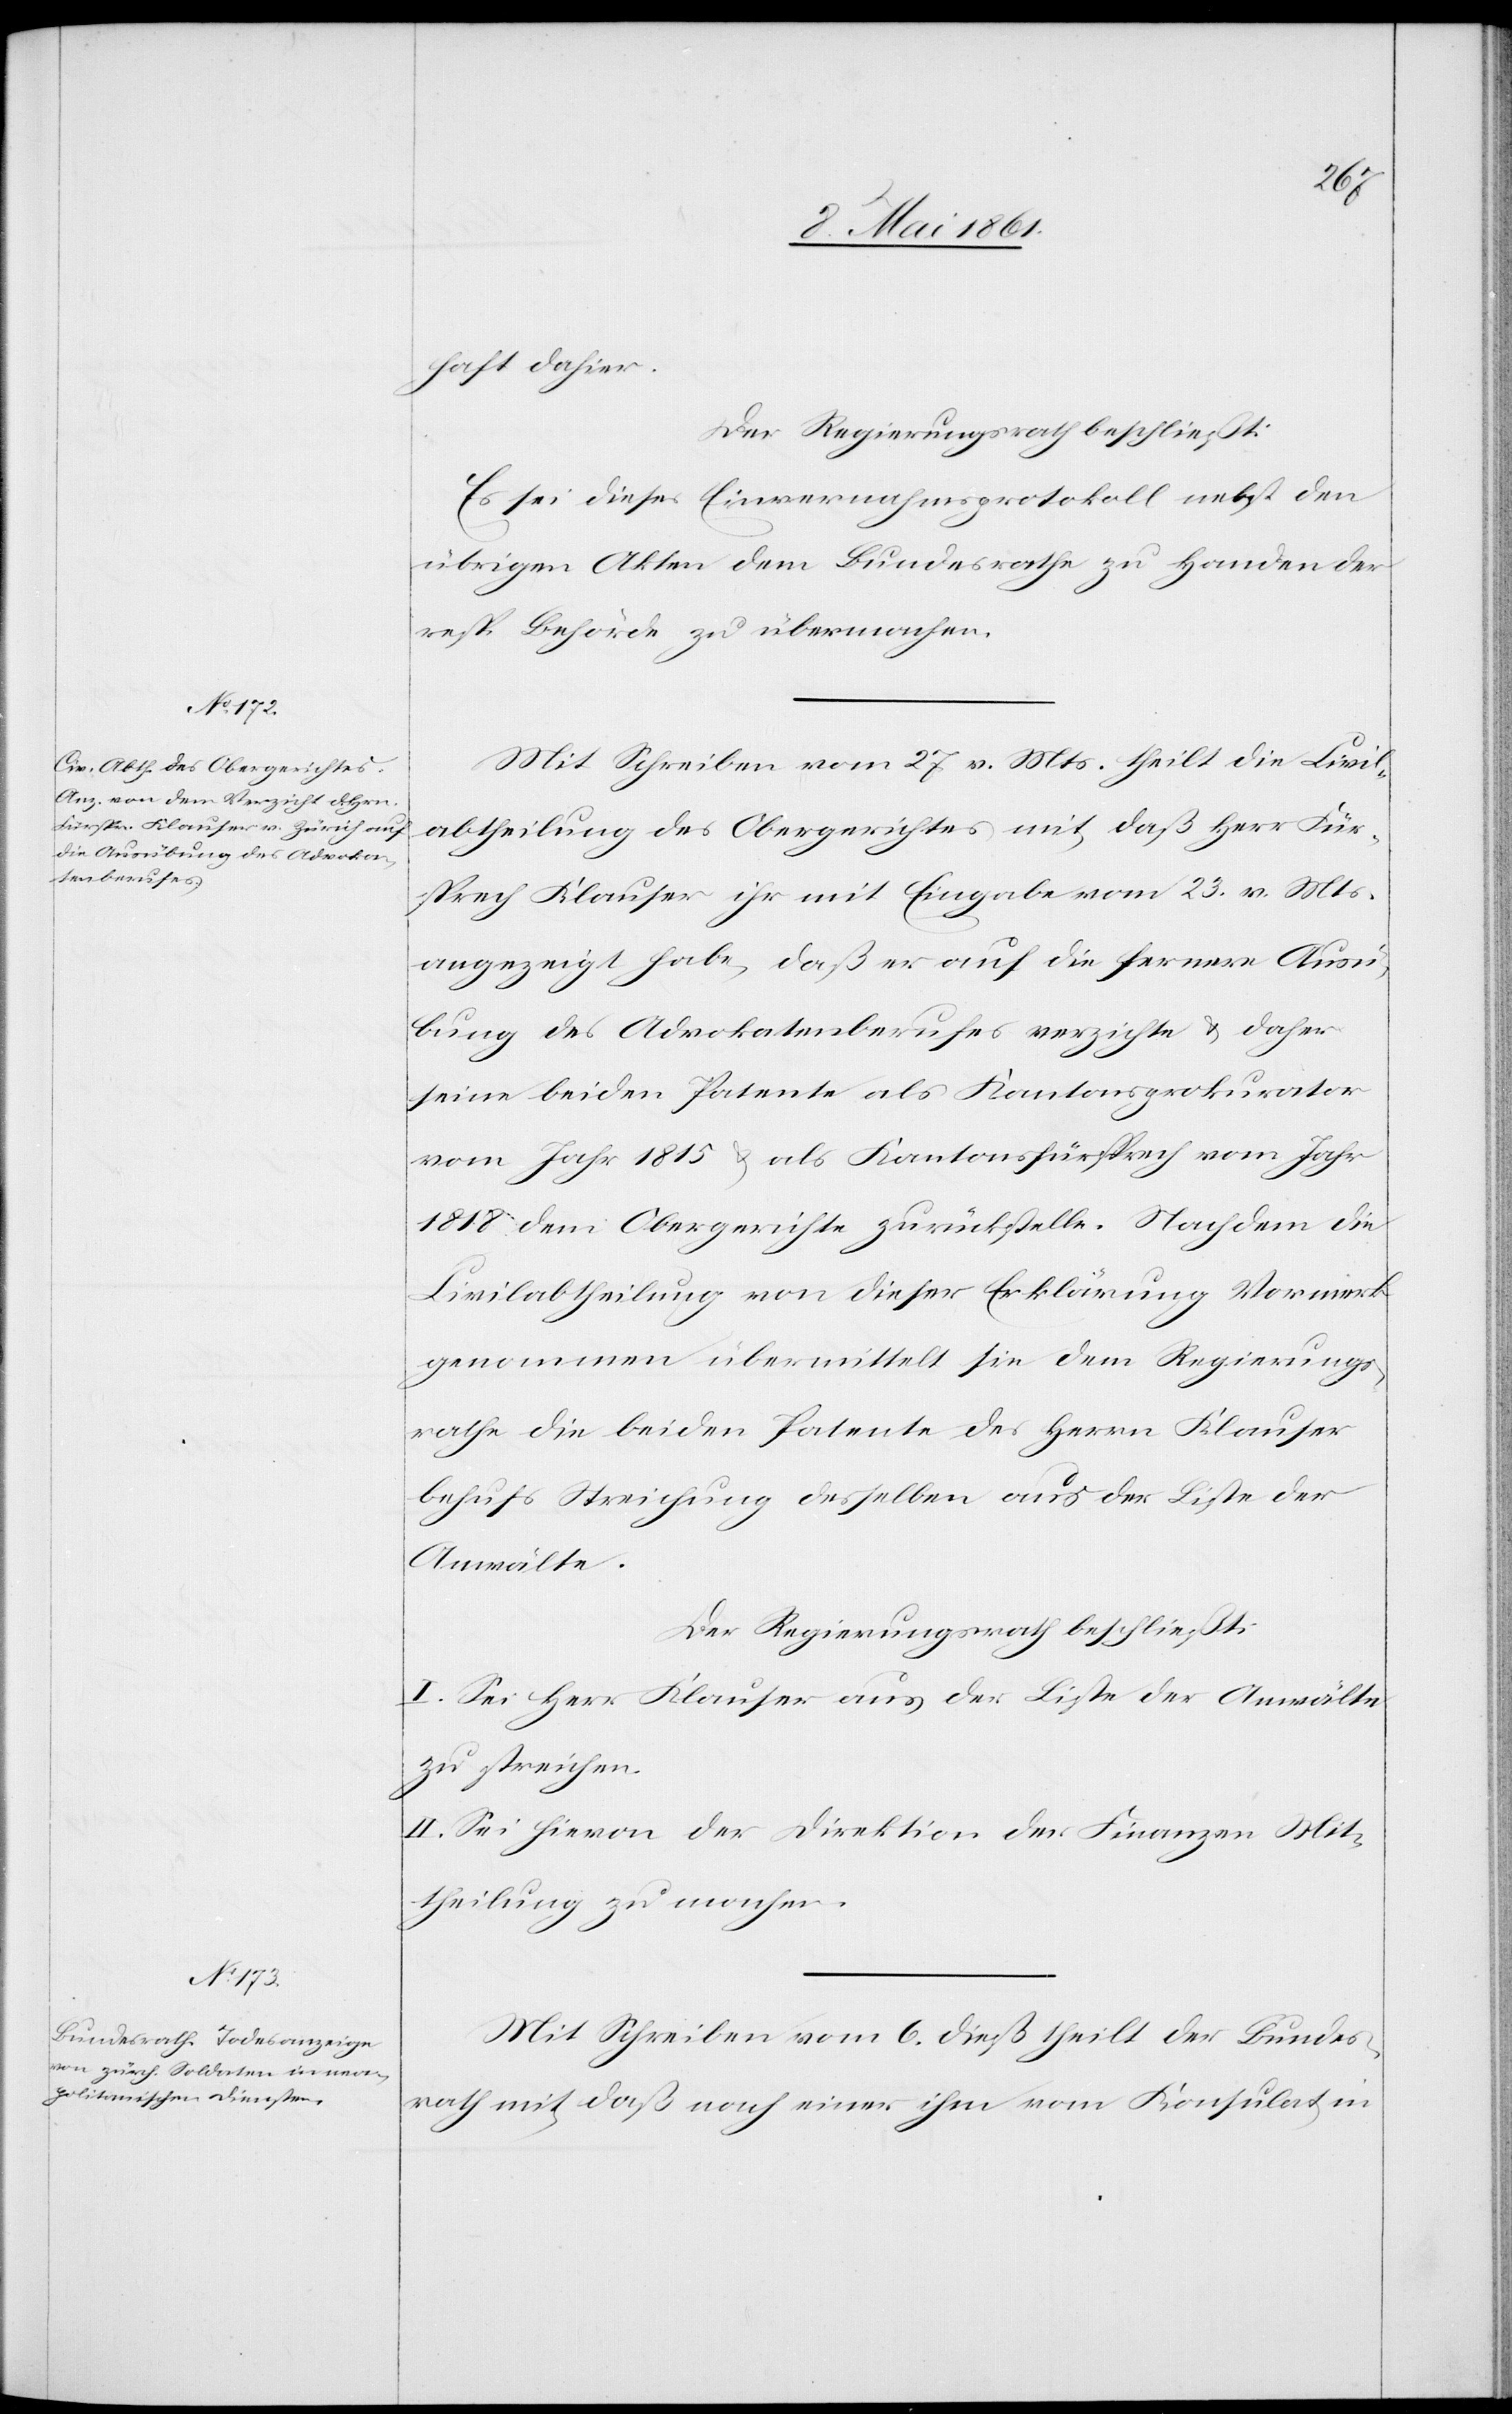
haft dahier.
Der Regierungsrath beschließt:
Es sei dieses Einvernahmsprotokoll nebst den
übrigen Akten dem Bundesrathe zu Handen der
resp. Behörde zu übermachen.
Mit Schreiben vom 27. v. Mts. theilt die Civil¬
abtheilung des Obergerichtes mit, daß Herr Für¬
sprech Klauser ihr mit Eingabe vom 23. v. Mts.
angezeigt habe, daß er auf die fernere Ausü¬
bung des Advokatenberufes verzichte u. daher
seine beiden Patente als Kantonsprokurator
vom Jahr 1815 u. als Kantonsfürsprech vom Jahr
1818 dem Obergerichte zurückstelle. Nachdem die
Civilabtheilung von dieser Erklärung Vormerk
genommen übermittelt sie dem Regierungs¬
rathe die beiden Patente des Herrn Klauser
behufs Streichung desselben aus der Liste der
Anwälte.
Der Regierungsrath beschließt:
I. Sei Herr Klauser aus der Liste der Anwälte
zu streichen.
II. Sei hievon der Direktion der Finanzen Mit¬
theilung zu machen.
Mit Schreiben vom 6. dieß theilt der Bundes¬
rath mit daß nach einer ihm vom Konsulat in